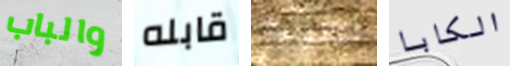
والباب قابله القانونية الكابا